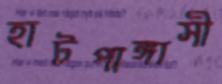
হাটপাঙ্গাসী